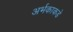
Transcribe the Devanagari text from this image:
अर्भकाकडे